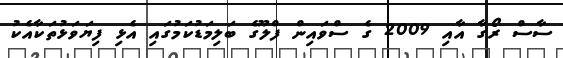
ސާސް ރޯގާ އާއި 2009 ގެ ސްވައިން ފްލޫގެ ބަލިމަޑުކަމުގައި އެޅި ފިޔަވަޅުތަކާއެކު